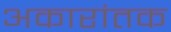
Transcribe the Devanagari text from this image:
अकारांतक